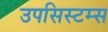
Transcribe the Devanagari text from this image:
उपसिस्टम्स